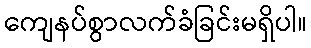
ကျေနပ်စွာလက်ခံခြင်းမရှိပါ။